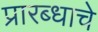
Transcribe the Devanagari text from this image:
प्रारब्धाचे